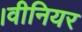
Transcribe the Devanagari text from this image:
।वीनियर